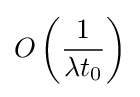
O\left({\frac {1}{\lambda t_{0}}}\right)